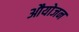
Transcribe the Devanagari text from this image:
औयोजन